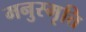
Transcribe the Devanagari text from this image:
मनुस्मृत्ति